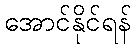
အောင်နိုင်ရန်